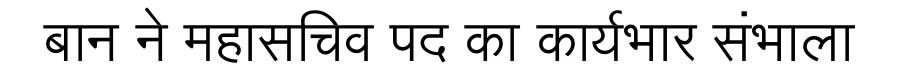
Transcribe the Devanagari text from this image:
बान ने महासचिव पद का कार्यभार संभाला